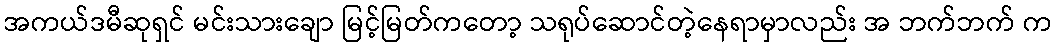
အကယ်ဒမီဆုရှင် မင်းသားချော မြင့်မြတ်ကတော့ သရုပ်ဆောင်တဲ့နေရာမှာလည်း အ ဘက်ဘက် က